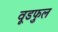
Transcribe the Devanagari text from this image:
वूडफुल